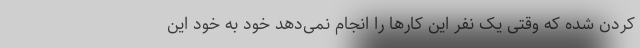
کردن شده که وقتی یک نفر این کارها را انجام نمی‌دهد خود به خود این